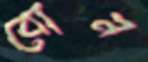
বোন